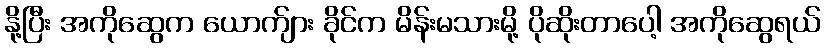
နို့ပြီး အကိုဆွေက ယောက်ျား ခိုင်က မိန်းမသားမို့ ပိုဆိုးတာပေါ့ အကိုဆွေရယ်